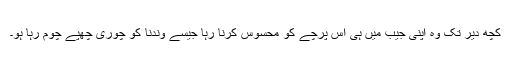
کچھ دیر تک وہ اپنی جیب میں ہی اس پرچے کو محسوس کرنا رہا جیسے وندنا کو چوری چھُپے چوم رہا ہو۔